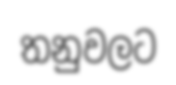
තනුවලට